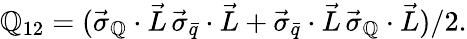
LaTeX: \mathbb{Q}_{12}=(\vec{{\sigma}}_{\mathbb{Q}}\cdot\vec{{L}}\, \vec{{\sigma}}_{\bar{{q}}}\cdot\vec{{L}}+\vec{{\sigma}}_{\bar{{q}}}\cdot\vec{{L}}\, \vec{{\sigma}}_{\mathbb{Q}}\cdot\vec{{L}})/2.